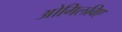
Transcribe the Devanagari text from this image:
ओगिलविए